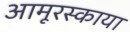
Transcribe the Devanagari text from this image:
आमूरस्काया